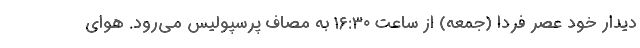
دیدار خود عصر فردا (جمعه) از ساعت ١۶:٣٠ به مصاف پرسپولیس می‌رود. هوای